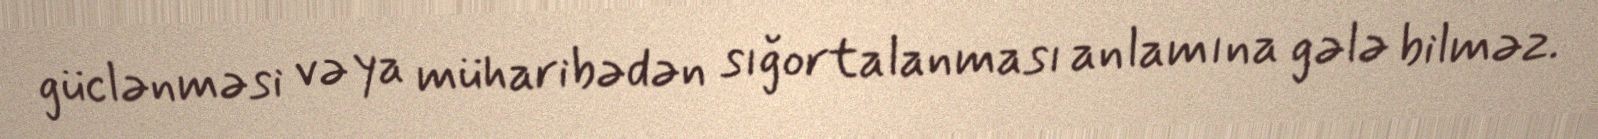
güclənməsi və ya müharibədən sığortalanması anlamına gələ bilməz.